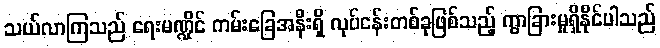
သယ်လာကြသည် ရေးမဏ္ဍိုင် ကမ်းခြေအနီးရှိ လုပ်ငန်းတစ်ခုဖြစ်သည့် ကွာခြားမှုရှိနိုင်ပါသည်